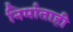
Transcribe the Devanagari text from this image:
निर्माताही